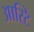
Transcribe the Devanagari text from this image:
आस्टि